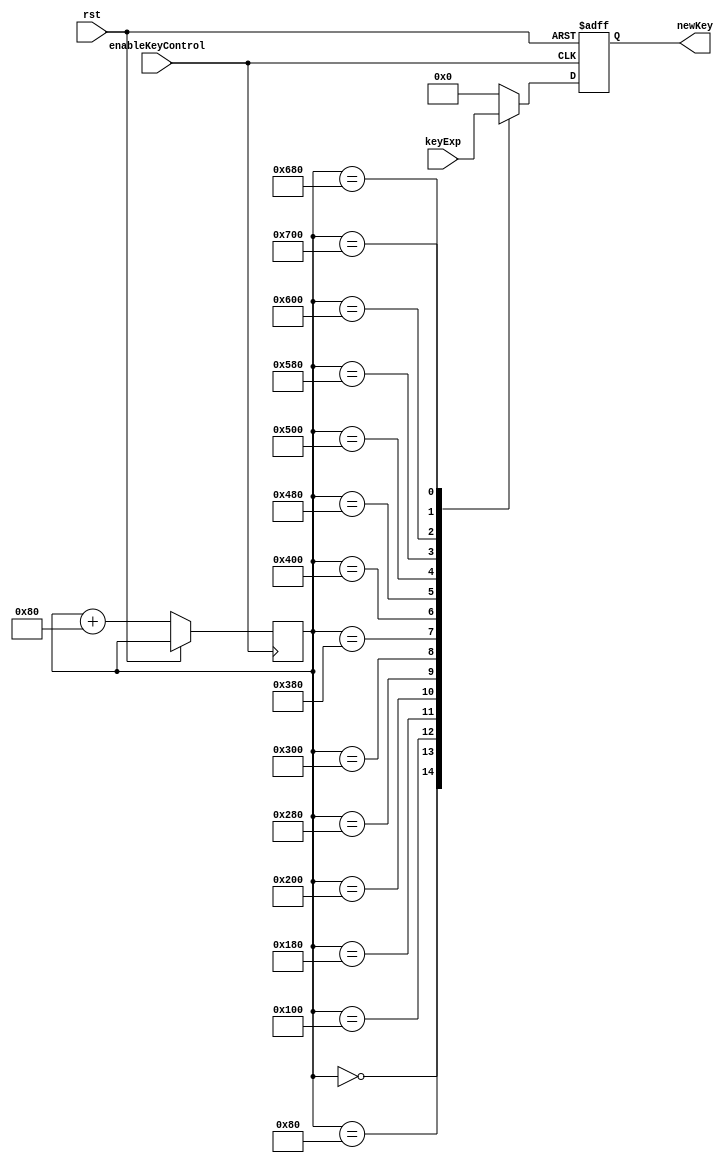
module keyControl(	input rst, 							// input reset
					input enableKeyControl,				// begin keyControl
					input [0:1919] keyExp,				// unsigned 176-byte expanded key
					output reg [0:127] newKey);			// output key for rounds
	
	integer bottom = 0;				// bottom limit of bit-range

	always@ (posedge enableKeyControl, posedge rst)
		begin
			if(rst)
				begin
					newKey = 128'd0;
				end
			else
				begin
			
					case(bottom)
						0 : 		newKey = keyExp[0:127];
						128 : 		newKey = keyExp[128:255];
						256 : 		newKey = keyExp[256:383];
						384 : 		newKey = keyExp[384:511];
						512 :		newKey = keyExp[512:639]; 
						640 : 		newKey = keyExp[640:767];
						768 : 		newKey = keyExp[768:895];
						896 : 		newKey = keyExp[896:1023];
						1024 : 		newKey = keyExp[1024:1151];
						1152 : 		newKey = keyExp[1152:1279];
						1280 : 		newKey = keyExp[1280:1407];
						1408 : 		newKey = keyExp[1408:1535];
						1536 : 		newKey = keyExp[1536:1663];
						1664 : 		newKey = keyExp[1664:1791];
						1792 : 		newKey = keyExp[1792:1919];
						default :	newKey = 128'd0; 		
					endcase
					
					bottom = bottom + 128;
					
				end
		end	
					
endmodule